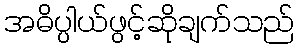
အဓိပ္ပါယ်ဖွင့်ဆိုချက်သည်